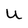
Character: U